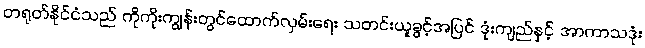
တရုတ်နိုင်ငံသည် ကိုကိုးကျွန်းတွင်ထောက်လှမ်းရေး သတင်းယူခွင့်အပြင် ဒုံးကျည်နှင့် အာကာသဒုံး